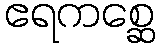
ဧရကစ္ဆေ